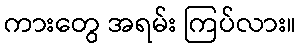
ကားတွေ အရမ်း ကြပ်လား။